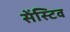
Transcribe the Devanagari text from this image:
सेंस्टिव